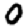
Digit: 0